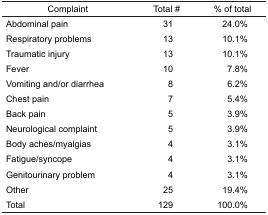
<table><thead><tr><td><b>Complaint</b></td><td><b>Total #</b></td><td><b>% of total</b></td></tr></thead><tbody><tr><td>Abdominal pain</td><td>31</td><td>24.0%</td></tr><tr><td>Respiratory problems</td><td>13</td><td>10.1%</td></tr><tr><td>Traumatic injury</td><td>13</td><td>10.1%</td></tr><tr><td>Fever</td><td>10</td><td>7.8%</td></tr><tr><td>Vomiting and/or diarrhea</td><td>8</td><td>6.2%</td></tr><tr><td>Chest pain</td><td>7</td><td>5.4%</td></tr><tr><td>Back pain</td><td>5</td><td>3.9%</td></tr><tr><td>Neurological complaint</td><td>5</td><td>3.9%</td></tr><tr><td>Body aches/myalgias</td><td>4</td><td>3.1%</td></tr><tr><td>Fatigue/syncope</td><td>4</td><td>3.1%</td></tr><tr><td>Genitourinary problem</td><td>4</td><td>3.1%</td></tr><tr><td>Other</td><td>25</td><td>19.4%</td></tr><tr><td>Total</td><td>129</td><td>100.0%</td></tr></tbody></table>